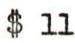
$ 11